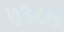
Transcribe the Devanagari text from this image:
७३८७